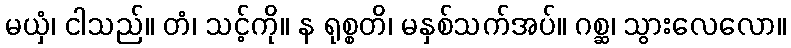
မယှံ၊ ငါသည်။ တံ၊ သင့်ကို။ န ရုစ္စတိ၊ မနှစ်သက်အပ်။ ဂစ္ဆ၊ သွားလေလော။